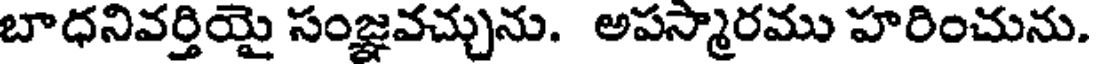
బాధనివర్తియై సంజ్ఞవచ్చును. అపస్మారము హరించును.